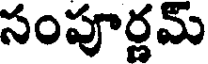
సంపూర్ణమ్